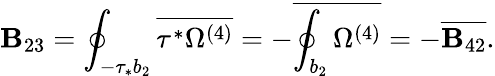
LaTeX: \mathbf{B}_{23}=\oint_{-\tau_{*}b_{2}}\overline{{{{\tau^{*}\Omega^{(4)}}}}}=-\overline{{{{\oint_{b_{2}}\Omega^{(4)}}}}}=-\overline{{{{\mathbf{B}_{42}}}}}.